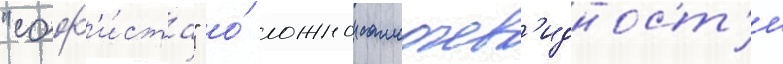
"соф'и́ста" о́ ложнои самоочев'идност'и